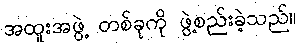
အထူးအဖွဲ့ တစ်ခုကို ဖွဲ့စည်းခဲ့သည်။